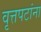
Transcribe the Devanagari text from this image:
वृत्तपटांना